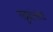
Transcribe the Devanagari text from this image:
गठ्ठ्यांसारखे